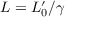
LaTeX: L = L _ { 0 } ^ { \prime } / \gamma